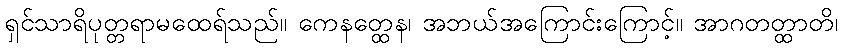
ရှင်သာရိပုတ္တရာမထေရ်သည်။ ကေနတ္ထေန၊ အဘယ်အကြောင်းကြောင့်။ အာဂတတ္ထာတိ၊